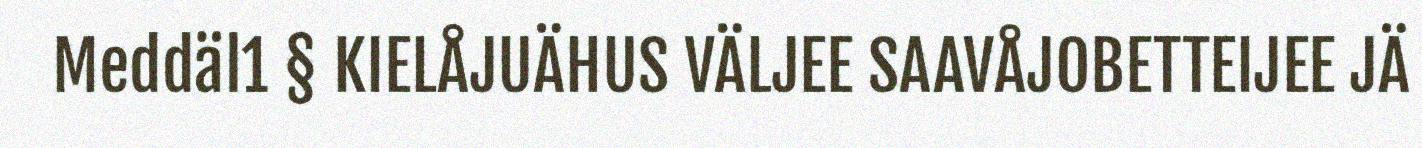
Meddäl1 § KIELÅJUÄHUS VÄLJEE SAAVÅJOBETTEIJEE JÄ